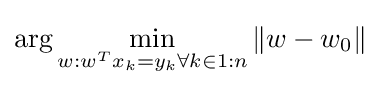
\arg \min _{w:w^{T}x_{k}=y_{k}\forall k\in 1:n}\|w-w_{0}\|